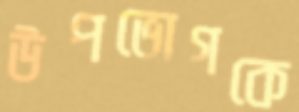
উপভোগকে